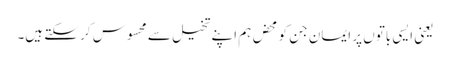
یعنی ایسی باتوں پر ایمان جن کو محض ہم اپنے تخیل سے محسوس کر سکتے ہیں۔